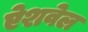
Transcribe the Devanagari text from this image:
ऐशवेल